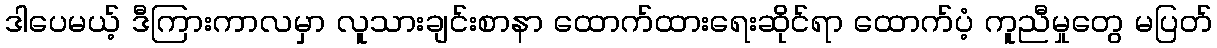
ဒါပေမယ့် ဒီကြားကာလမှာ လူသားချင်းစာနာ ထောက်ထားရေးဆိုင်ရာ ထောက်ပံ့ ကူညီမှုတွေ မပြတ်